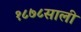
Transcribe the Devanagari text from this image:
१८७८साली